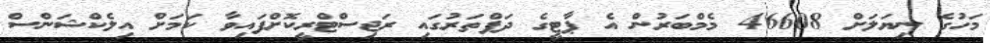
މަހުގެ ނިޔަލަށް 46608 މެމްބަރުން އެ ޕާޓީގެ ދަފްތަރުގައި ރަޖިސްޓްރީކޮށްފައިވާ ކަމަށް އިލެކްޝަންސް